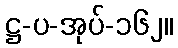
ဋ္ဌ-ပ-အုပ်-၁၆၂။